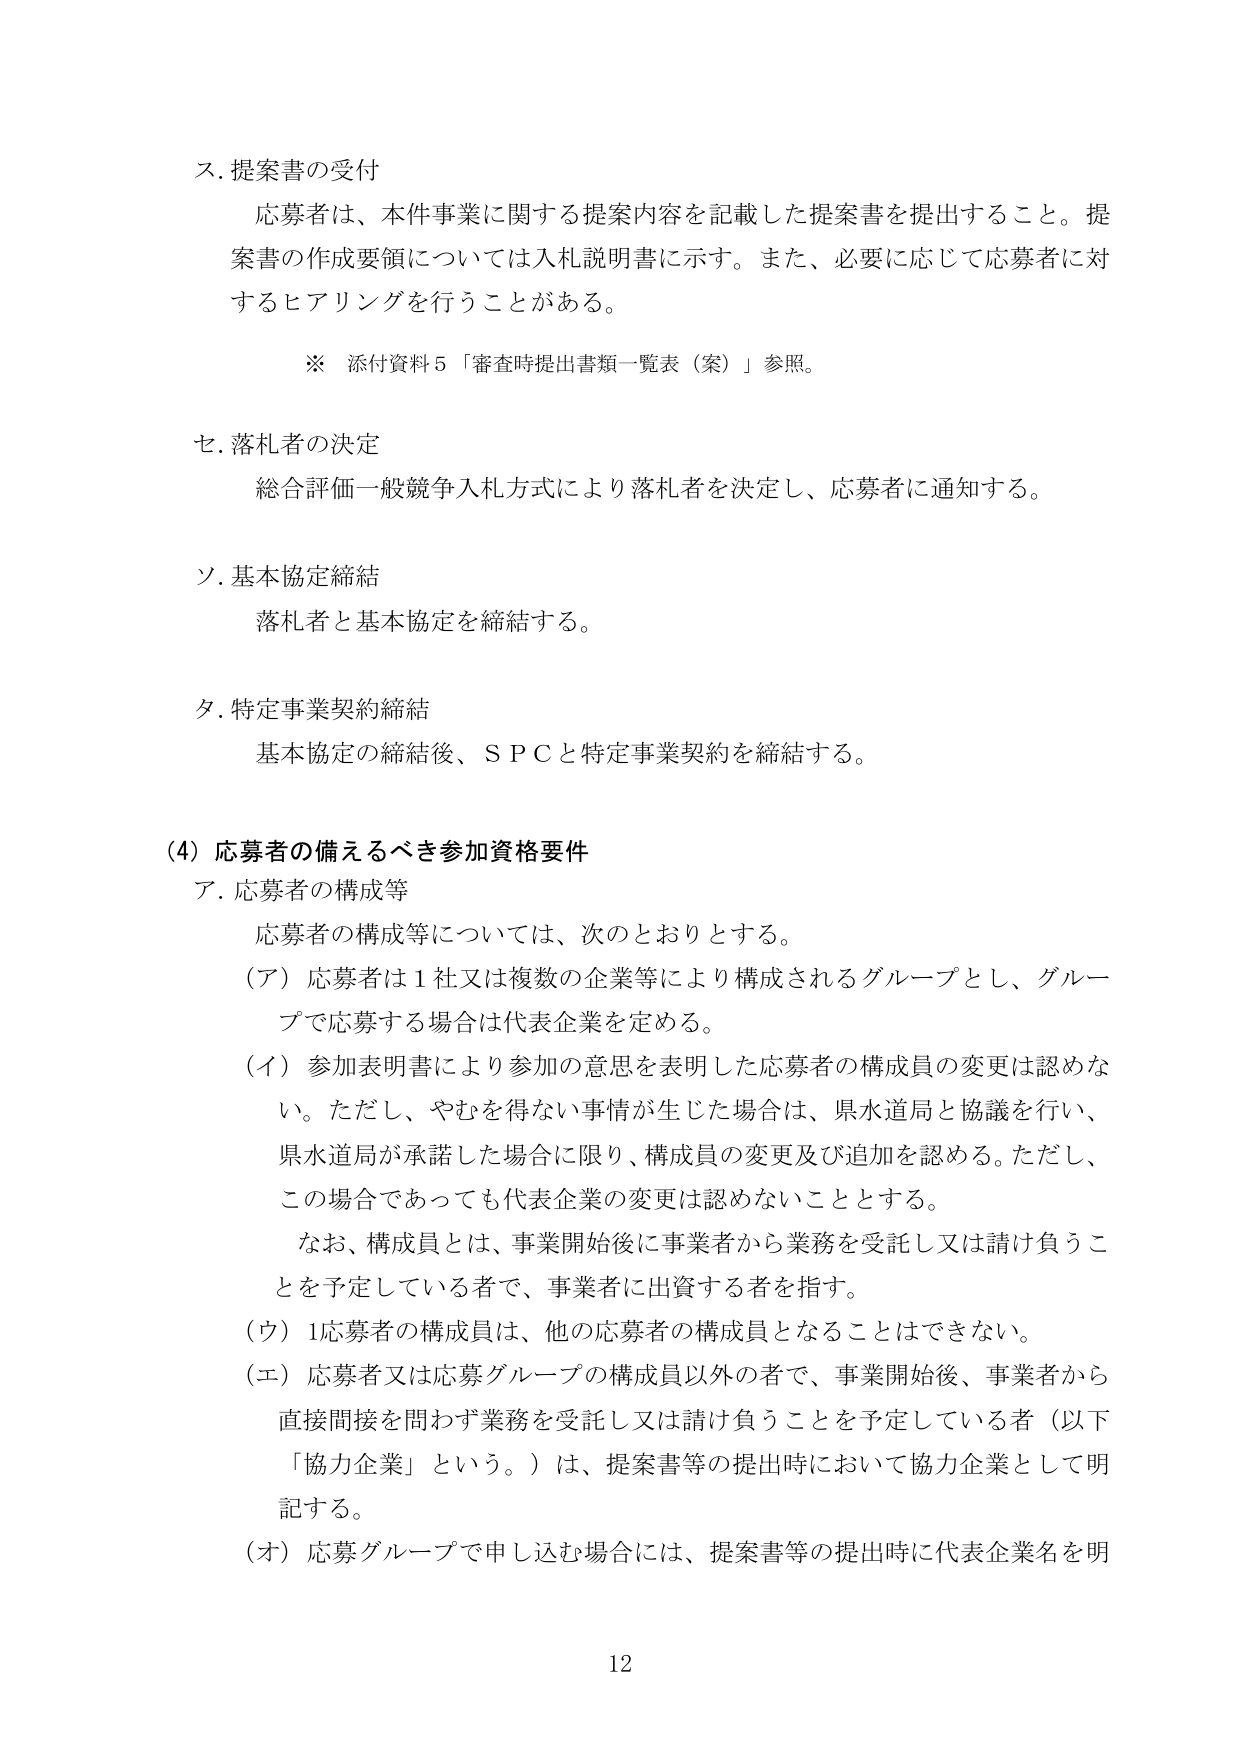
ス. 提案書の受付
応募者は、本件事業に関する提案内容を記載した提案書を提出すること。提案書の作成要領については入札説明書に示す。また、必要に応じて応募者に対するヒアリングを行うことがある。

※ 添付資料5「審査時提出書類一覧表（案）」参照。

セ. 落札者の決定
総合評価一般競争入札方式により落札者を決定し、応募者に通知する。

ソ. 基本協定締結
落札者と基本協定を締結する。

タ. 特定事業契約締結
基本協定の締結後、ＳＰＣと特定事業契約を締結する。

(4) 応募者の備えるべき参加資格要件
ア. 応募者の構成等
応募者の構成等については、次のとおりとする。
（ア）応募者は1社又は複数の企業等により構成されるグループとし、グループで応募する場合は代表企業を定める。
（イ）参加表明書により参加の意思を表明した応募者の構成員の変更は認めない。ただし、やむを得ない事情が生じた場合は、県水道局と協議を行い、県水道局が承諾した場合に限り、構成員の変更及び追加を認める。ただし、この場合であっても代表企業の変更は認めないこととする。
なお、構成員とは、事業開始後に事業者から業務を受託し又は請け負うことを予定している者で、事業者に出資する者を指す。
（ウ）1応募者の構成員は、他の応募者の構成員となることはできない。
（エ）応募者又は応募グループの構成員以外の者で、事業開始後、事業者から直接間接を問わず業務を受託し又は請け負うことを予定している者（以下「協力企業」という。）は、提案書等の提出時において協力企業として明記する。
（オ）応募グループで申し込む場合には、提案書等の提出時に代表企業名を明

12